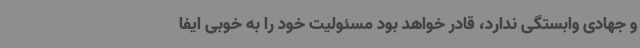
و جهادی وابستگی ندارد، قادر خواهد بود مسئولیت خود را به خوبی ایفا